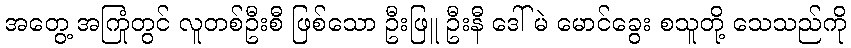
အတွေ့ အကြုံတွင် လူတစ်ဦးစီ ဖြစ်သော ဦးဖြူ ဦးနီ ဒေါ်မဲ မောင်ခွေး စသူတို့ သေသည်ကို